Indian journal of veterinary science and animal husbandry - Volume 2,
Year: 1932
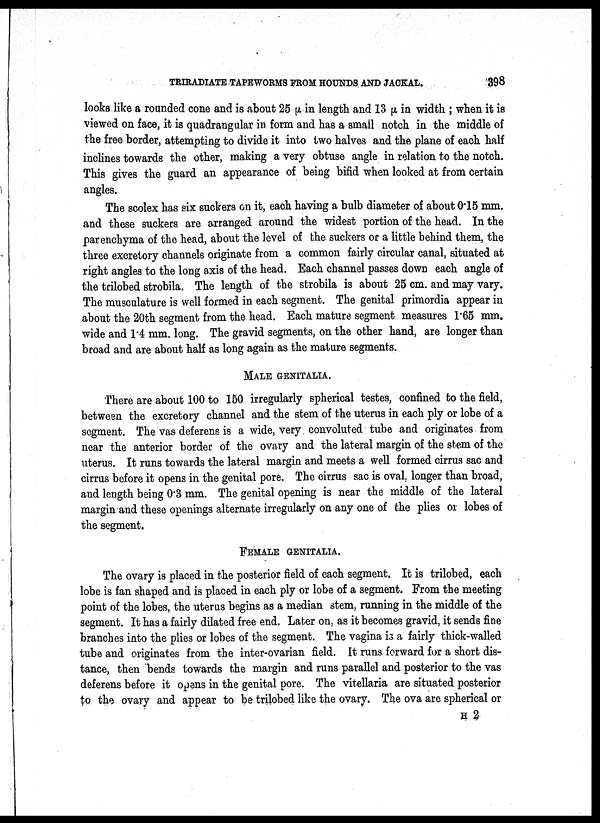
TRIRADIATE TAPEWORMS FROM HOUNDS AND JACKAL.
398
looks like a rounded cone and is about 25 μ in length and 13 μ in width ; when it is
viewed on face, it is quadrangular in form and has a small notch in the middle of
the free border, attempting to divide it into two halves and the plane of each half
inclines towards the other, making a very obtuse angle in relation to the notch.
This gives the guard an appearance of being bifid when looked at from certain
angles.
The scolex has six suckers on it, each having a bulb diameter of about 0.15 mm.
and these suckers are arranged around the widest portion of the head. In the
parenchyma of the head, about the level of the suckers or a little behind them, the
three excretory channels originate from a common fairly circular canal, situated at
right angles to the long axis of the head. Each channel passes down each angle of
the trilobed strobila. The length of the strobila is about 25 cm. and may vary.
The musculature is well formed in each segment. The genital primordia appear in
about the 20th segment from the head. Each mature segment measures 1.65 mm.
wide and 1.4 mm. long. The gravid segments, on the other hand, are longer than
broad and are about half as long again as the mature segments.
MALE GENITALIA.
There are about 100 to 150 irregularly spherical testes, confined to the field,
between the excretory channel and the stem of the uterus in each ply or lobe of a
segment. The vas deferens is a wide, very convoluted tube and originates from
near the anterior border of the ovary and the lateral margin of the stem of the
uterus. It runs towards the lateral margin and meets a well formed cirrus sac and
cirrus before it opens in the genital pore. The cirrus sac is oval, longer than broad,
and length being 0.3 mm. The genital opening is near the middle of the lateral
margin and these openings alternate irregularly on any one of the plies or lobes of
the segment.
FEMALE GENITALIA.
The ovary is placed in the posterior field of each segment. It is trilobed, each
lobe is fan shaped and is placed in each ply or lobe of a segment. From the meeting
point of the lobes, the uterus begins as a median stem, running in the middle of the
segment. It has a fairly dilated free end. Later on, as it becomes gravid, it sends fine
branches into the plies or lobes of the segment. The vagina is a fairly thick-walled
tube and originates from the inter-ovarian field. It runs forward for a short dis
tance, then bends towards the margin and runs parallel and posterior to the vas
deferens before it opens in the genital pore. The vitellaria are situated posterior
to the ovary and appear to be trilobed like the ovary. The ova are spherical or
H 2